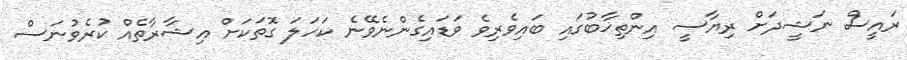
ރައީސް ނަޝީދަށް ރިޔާސީ އިންތިޚާބުގައި ބައިވެރިވެ ވަޑައިގެންނެވޭނެ ކަހަލަ ގޮަތަކަށް އިޝާރާތެއް ކުރެވުނަސް